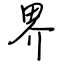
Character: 界